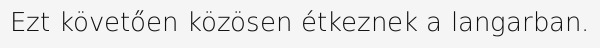
Ezt követően közösen étkeznek a langarban.